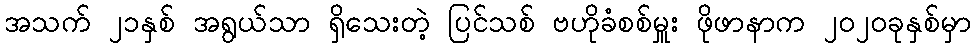
အသက် ၂၁နှစ် အရွယ်သာ ရှိသေးတဲ့ ပြင်သစ် ဗဟိုခံစစ်မှူး ဖိုဖာနာက ၂၀၂၀ခုနှစ်မှာ